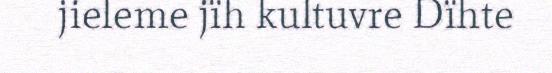
jieleme jïh kultuvre Dïhte